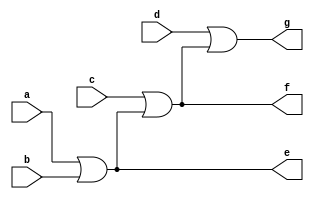
`timescale 1ns / 1ps
//////////////////////////////////////////////////////////////////////////////////
// Company: 
// Engineer: 
// 
// Design Name: 
// Module Name: _orthree
// Project Name: 
// Target Devices: 
// Tool Versions: 
// Description: 
// 
// Dependencies: 
// 
// Revision:
// Revision 0.01 - File Created
// Additional Comments:
// 
//////////////////////////////////////////////////////////////////////////////////


module _orthree(
    input a,b,c,d,
    output e,f,g
    );
    assign e=a|b;
    assign f=c|e;
    assign g=d|f;
endmodule